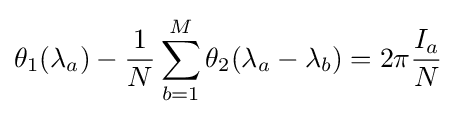
\theta _{1}(\lambda _{a})-{\frac {1}{N}}\sum _{b=1}^{M}\theta _{2}(\lambda _{a}-\lambda _{b})=2\pi {\frac {I_{a}}{N}}